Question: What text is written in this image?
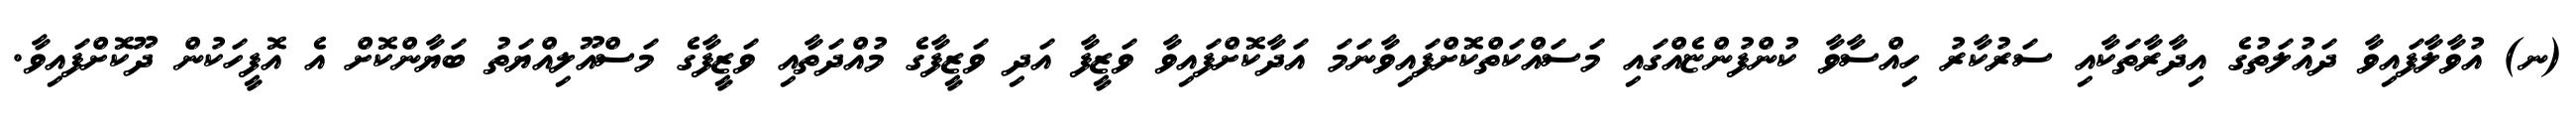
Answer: (ނ) އުވާލާފައިވާ ދައުލަތުގެ އިދާރާތަކާއި ސަރުކާރު ހިއްސާވާ ކުންފުންޏެއްގައި މަސައްކަތްކޮށްފައިވާނަމަ އަދާކޮށްފައިވާ ވަޒީފާ އަދި ވަޒީފާގެ މުއްދަތާއި ވަޒީފާގެ މަސްއޫލިއްޔަތު ބަޔާންކޮށް އެ އޮފީހަކުން ދޫކޮށްފައިވާ.